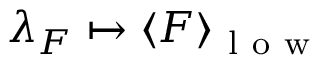
\lambda _ { F } \mapsto \langle F \rangle _ { \mathrm { ~ l ~ o ~ w ~ } }